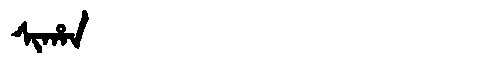
Manchu: ᠰᡳᡥᠠᠨ
Romanization: SIHAN